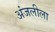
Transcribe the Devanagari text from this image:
अंजलीला